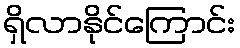
ရှိလာနိုင်ကြောင်း